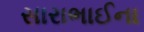
સારાભાઈના